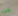
عن